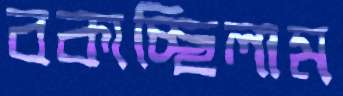
বকাচ্ছিলাম